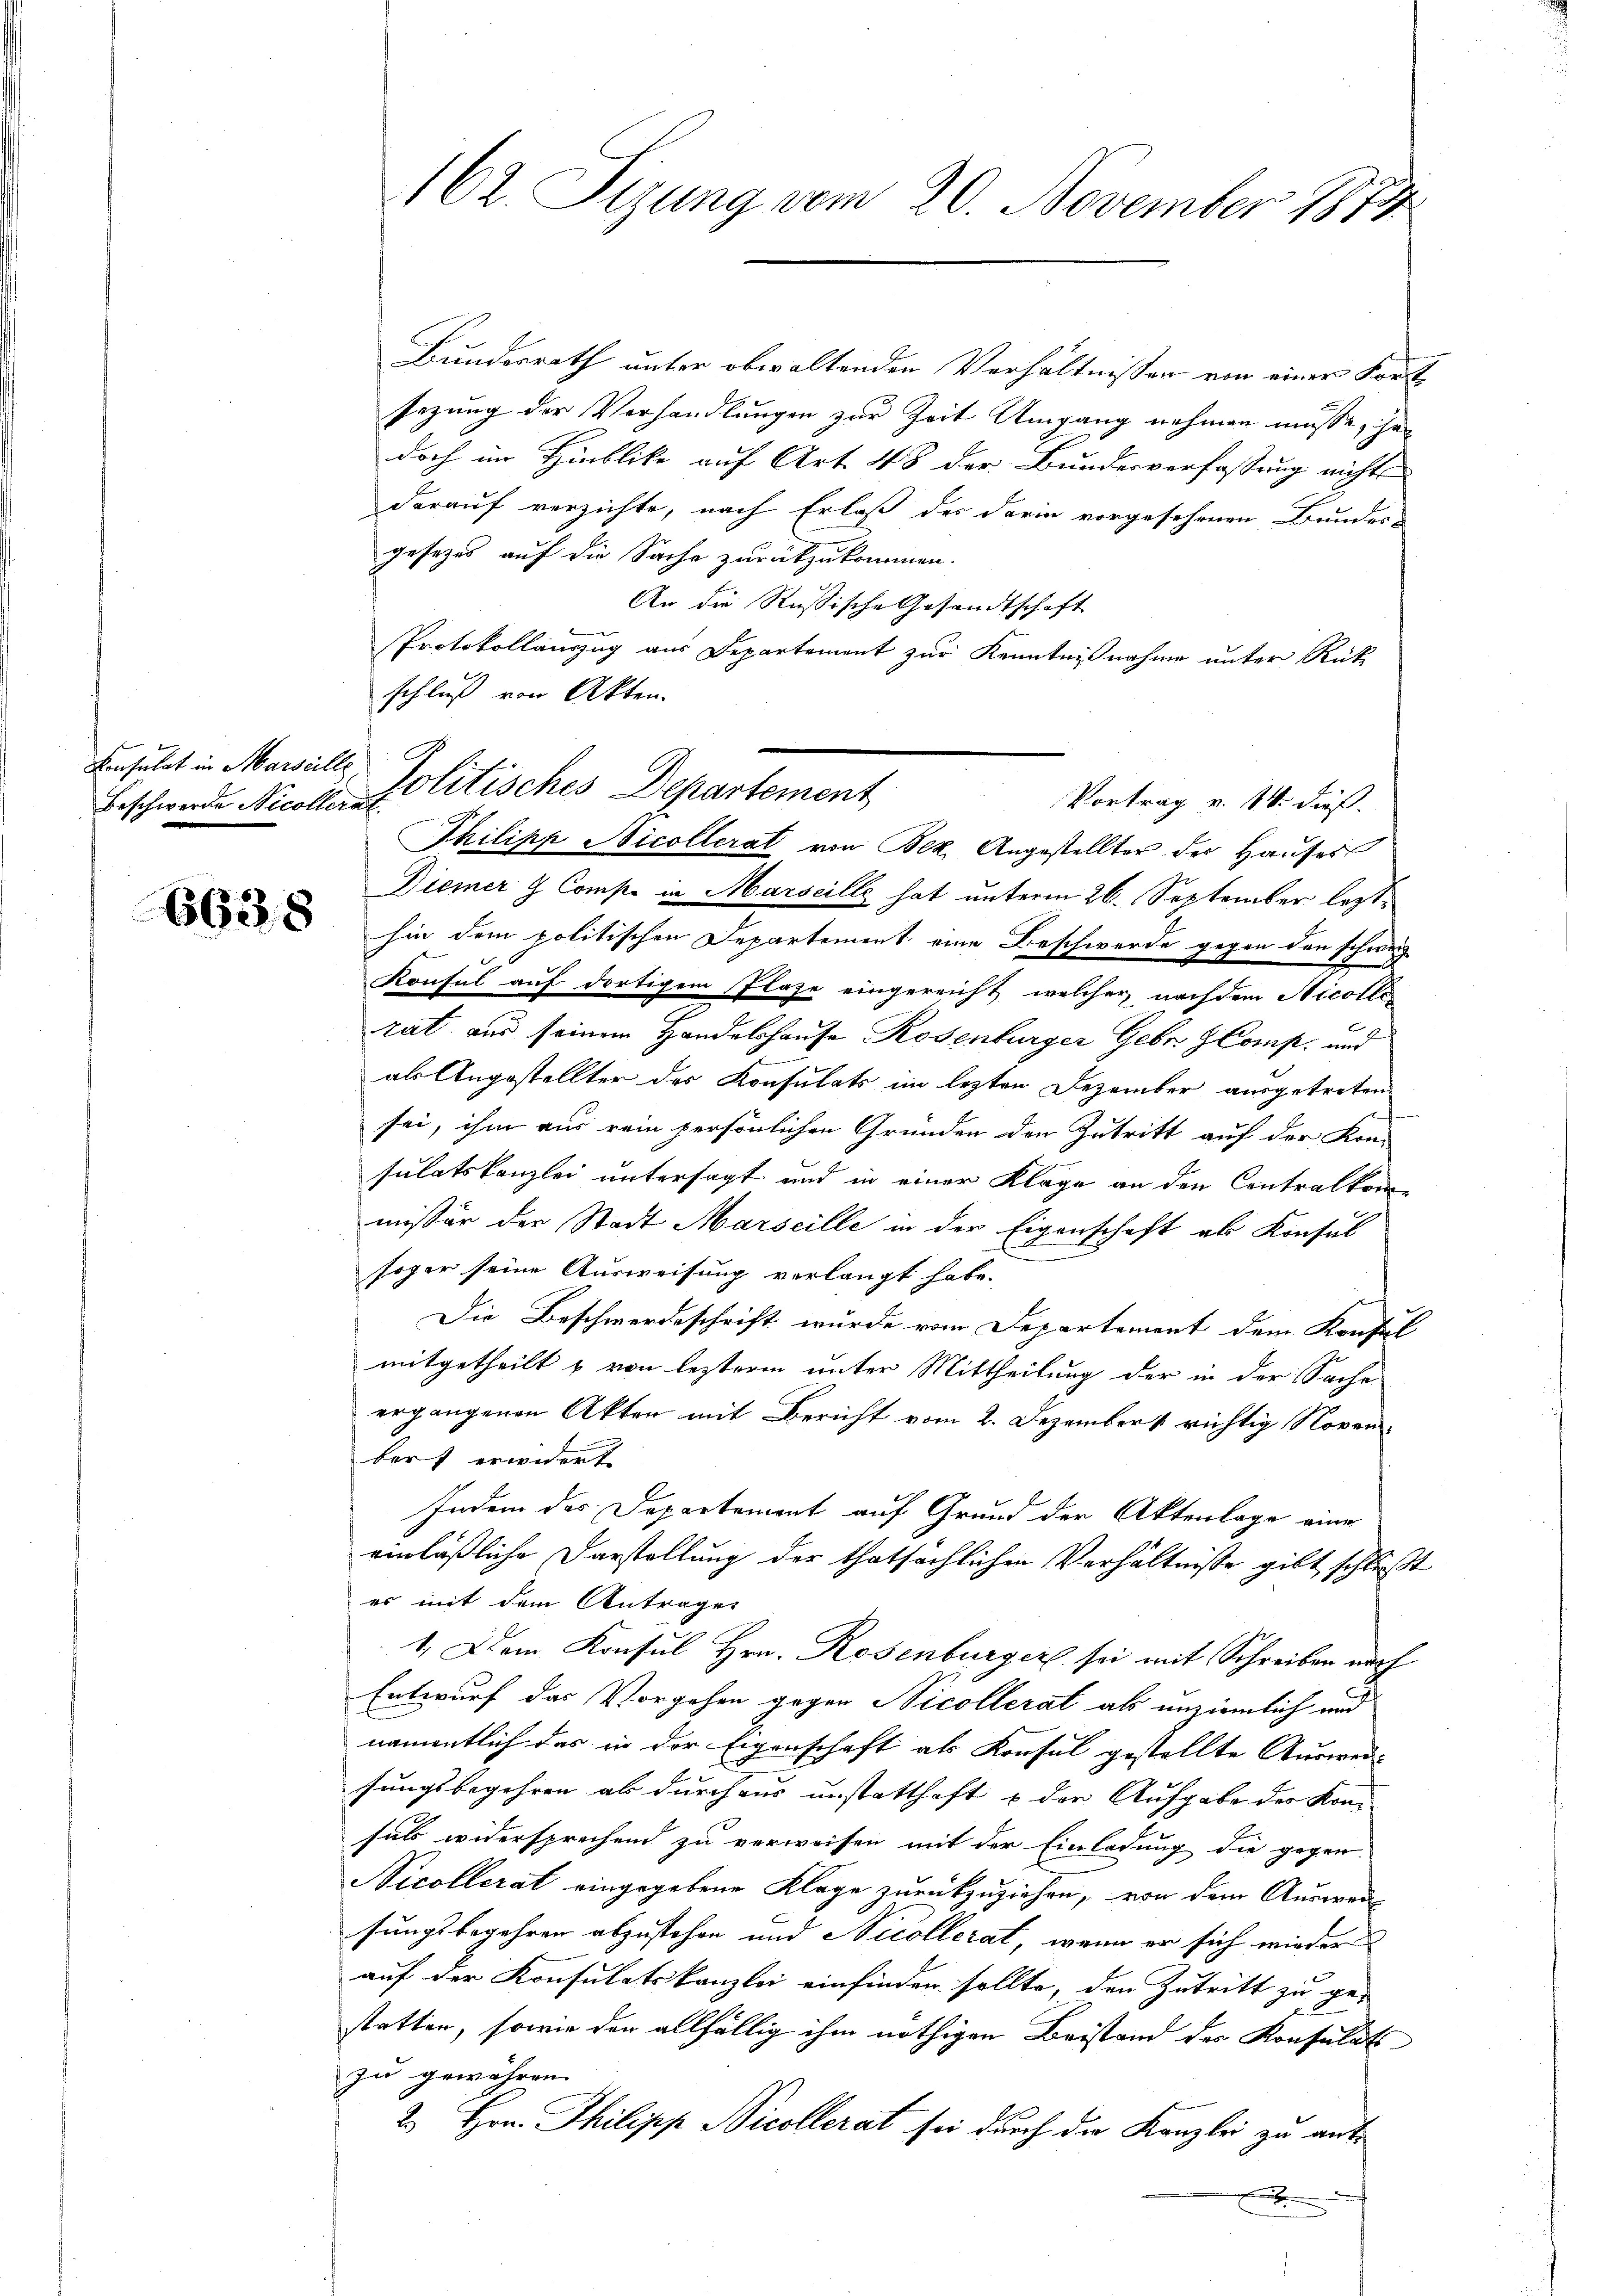
Consulat in Marseille,

6638

162. Sizung vom 20. November 1874

Bundesrath unter obwaltenden Verhältnissen von einer Fort-
sezung der Vorhandlungen zur Zeit Umgang nehmen müsse, hadoch im Hinblike auf Art. 48 der Bundesverfassung nichts
darauf verzichte, nach Erlaß der darin vorgesehenen Bundes-
gesetzes auf die Sache zurückzukommen.
An die Russische Gesandtschaft
Protokollauszug aus Departement zur Kenntnißnahme unter Rück-
schluß von Akten.
Philipp Nicollerat von Bek. Angestellter der Hauses
Diemer & Comp. in Marseille hat unterm 26. September lezthin dem politischen Departement eine Beschwerde gegen den schweiz
Konsul auf dortigem Flaze eingereicht, welcher nachdem Nicolle
rat aus seinem Handelshause Rosenburger Gebr. Comp. und
als Angestellter des Konsulats im lezten Dezember ausgetreten
sei, ihm aus rein persönlichen Gründen den Zutritt auf der Kon-
sulatskanzlei untersagt und in einer Klage an den Contralkommissär der Stadt Marseille in der Eigenschaft als Konsul
sogar seine Ausweisung verlangt habe.
Die Beschwerdeschrift wurde vom Departement dem Konsul
mitgetheilt & von lezterm unter Mittheilung der in der Sache
ergangenen Akten mit Bericht vom 2. Dezember richtig Novenber) erwidert.
Indem das Departement auf Grund der Aktenlage eine
einläßliche Darstellung der thatsächlichen Verhältnisse gibt schlußt
es mit dem Antrages
1.) Dem Konsul Hrn. Rosenburger sei mit Schreiben nach
Entwurf das Vorgehen gegen Nicollerat als unziemlich und
namentlich das in der Eigenschaft als Konsul gestellte Ausweis
sungsbegehren als durchaus unstatthaft & der Aufgabe des Kon-
sals widersprechend zu verweisen mit der Einladung die gegen
Nicollerat eingegebene Klage zurückzuziehen, von dem Ausweis
sungsbegehren abzustehen und Nicollerat, wenn er sich wieder
auf der Konsulatskanzlei einfinden sollte, den Zutritt zu ge-
statten, sowie den allfällig ihm nöthigen Beistand des Konsulats
zu gewähren.
2 Hrn. Philipp Nicollerat sei durch die Kanzlei zu ant¬
.

Beschwerde Nicolle Politisches Departement
Vortrag v. 14. dieß.